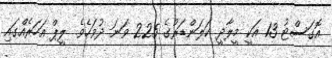
އޮގަސްޓު 13 އަކީ މީލާދީ ކަލަންޑަރުގެ 225 ވަނަ ދުވަހެވެ. ލީޕް އަހަރެއްގައި